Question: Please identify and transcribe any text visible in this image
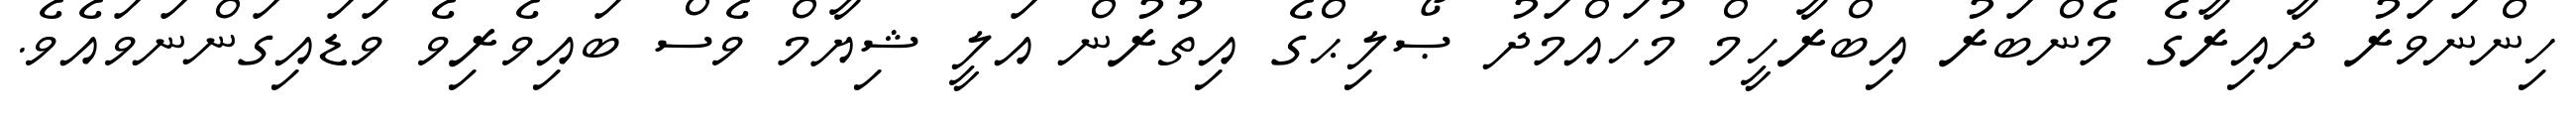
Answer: ހިންނަވަރު ދާއިރާގެ މެންބަރު އިބްރާހީމް މުހައްމަދު ޞޯލިޙްގެ އިތުރުން އަލީ ޝިޔާމް ވެސް ބައިވެރިވެ ވަޑައިގަންނަވައެވެ.